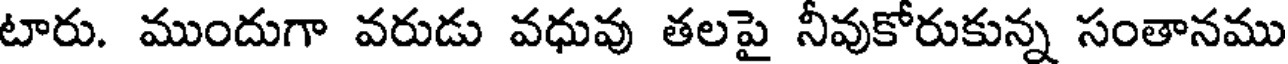
టారు. ముందుగా వరుడు వధువు తలపై నీవుకోరుకున్న సంతానము